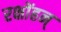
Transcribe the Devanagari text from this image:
रक्षोंहन्